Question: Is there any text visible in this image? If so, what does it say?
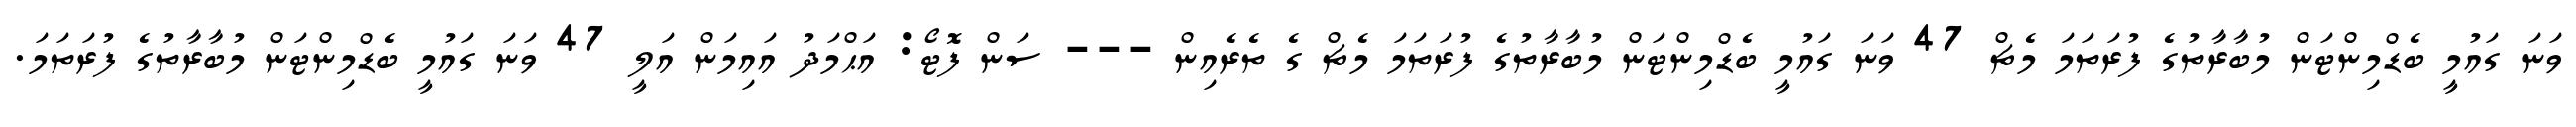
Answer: ވަނަ ގައުމީ ބެޑްމިންޓަން މުބާރާތުގެ ފުރަތަމަ މެޗް 47 ވަނަ ގައުމީ ބެޑްމިންޓަން މުބާރާތުގެ ފުރަތަމަ މެޗް ގެ ތެރެއިން --- ސަން ފޮޓޯ: އަޙްމަދު އައިމަން އަލީ 47 ވަނަ ގައުމީ ބެޑްމިންޓަން މުބާރާތުގެ ފުރަތަމަ.